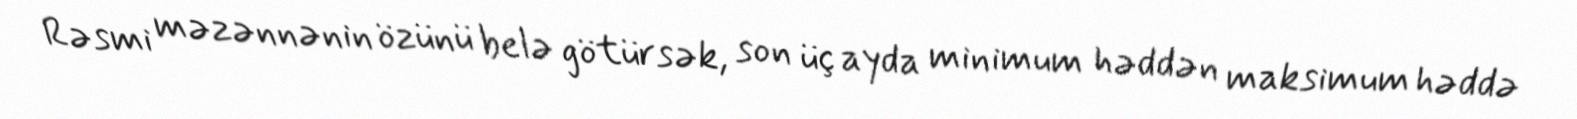
Rəsmi məzənnənin özünü belə götürsək, son üç ayda minimum həddən maksimum həddə